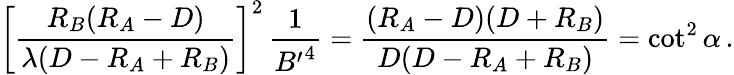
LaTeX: \left[{\frac{R_{B}(R_{A}-D)}{\lambda(D-R_{A}+R_{B})}}\right]^{2}\, {\frac{1}{{B^{\prime}}^{4}}}={\frac{(R_{A}-D)(D+R_{B})}{D(D-R_{A}+R_{B})}}=\cot^{2}\alpha\, .